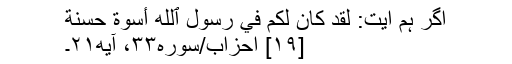
اگر ہم آیت: لَّقَدۡ كَانَ لَكُمۡ فِي رَسُولِ ٱللَّهِ أُسۡوَةٌ حَسَنَة
[۱۹] احزاب/سوره۳۳، آیه۲۱۔